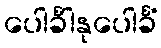
ပေါင်္ခါနုပေါင်္ခံ